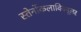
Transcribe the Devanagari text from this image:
स्तेर्नोकलाविक्यूलर